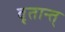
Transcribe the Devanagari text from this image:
वृतान्त्